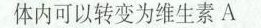
体内可以转变为维生素A